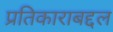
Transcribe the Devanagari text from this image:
प्रतिकाराबद्दल